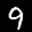
Digit: 9